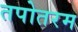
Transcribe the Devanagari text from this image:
तपोतरम